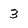
Character: 3